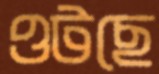
ওটছে